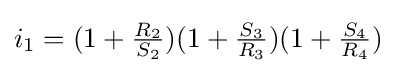
i_{1}=(1+{\tfrac {R_{2}}{S_{2}}})(1+{\tfrac {S_{3}}{R_{3}}})(1+{\tfrac {S_{4}}{R_{4}}})